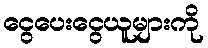
ငွေပေးငွေယူများကို